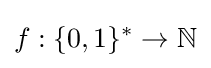
f:\{0,1\}^{*}\to \mathbb {N}